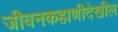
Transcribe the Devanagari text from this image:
जीवनकहाणीदेखील